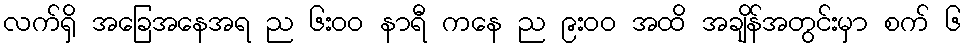
လက်ရှိ အခြေအနေအရ ည ၆း၀၀ နာရီ ကနေ ည ၉း၀၀ အထိ အချိန်အတွင်းမှာ စက် ၆